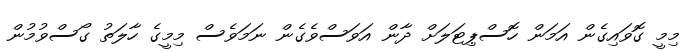
މިމީ ގޮވައިގެން އަމަން ހޮސްޕިޓަލަށް ދާން އަވަސްވެގެން ނަމަވެސް މިމީގެ ހާލަތު ގޯސްވުމުން